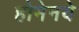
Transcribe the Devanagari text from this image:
होमेनये